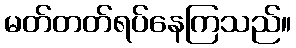
မတ်တတ်ရပ်နေကြသည်။